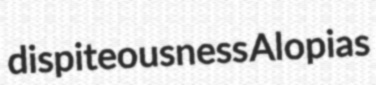
dispiteousness Alopias